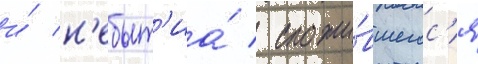
и́ н'ебыт'иа́ / сложи́вшегос'я